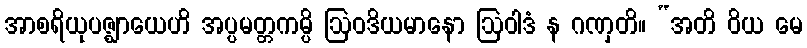
အာစရိယုပဇ္ဈာယေဟိ အပ္ပမတ္တကမ္ပိ ဩဝဒိယမာနော ဩဝါဒံ န ဂဏှတိ။ “အတိ ဝိယ မေ